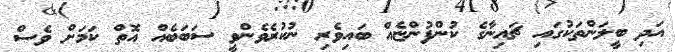
އަދި ބީލަންތަކުގައި ޗައިނާގެ ކުންފުންޏެއް ބައިވެރި ނުކުރެވެންވީ ސަބަބެއް އޮތް ކަމަށް ވެސް